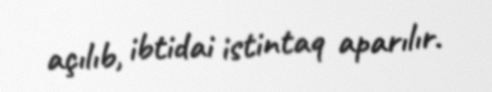
açılıb, ibtidai istintaq aparılır.